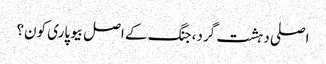
اصلی دہشت گرد، جنگ کے اصل بیوپاری کون؟